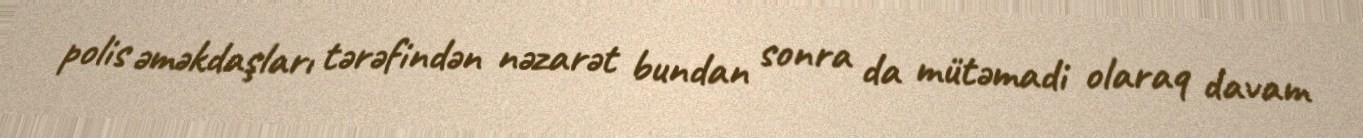
polis əməkdaşları tərəfindən nəzarət bundan sonra da mütəmadi olaraq davam